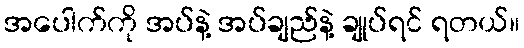
အပေါက်ကို အပ်နဲ့ အပ်ချည်နဲ့ ချုပ်ရင် ရတယ်။